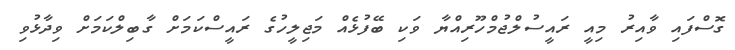
ގޮސްފައި ވާއިރު މިއީ ރައީސުލްޖުމްހޫރިއްޔާ ވަކި ބޭފުޅެއް މަޖިލީހުގެ ރައީސްކަމަށް ގާބިލްކަމަށް ވިދާޅުވި